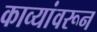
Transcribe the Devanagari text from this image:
काव्यांवरून